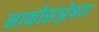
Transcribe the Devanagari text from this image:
नार्कोसंश्लेषण